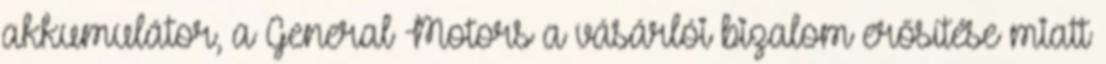
akkumulátor, a General Motors a vásárlói bizalom erősítése miatt